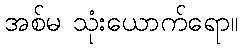
အစ်မ သုံးယောက်ရော။